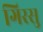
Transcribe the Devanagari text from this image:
गिरसु